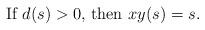
LaTeX: \begin{align*}\begin{minipage}[c]{35pc}If $d(s)>0,$ then $xy(s)=s.$\end{minipage}\end{align*}